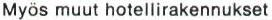
Myös muut hotellirakennukset